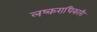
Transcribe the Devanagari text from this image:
लष्कराधिकारी